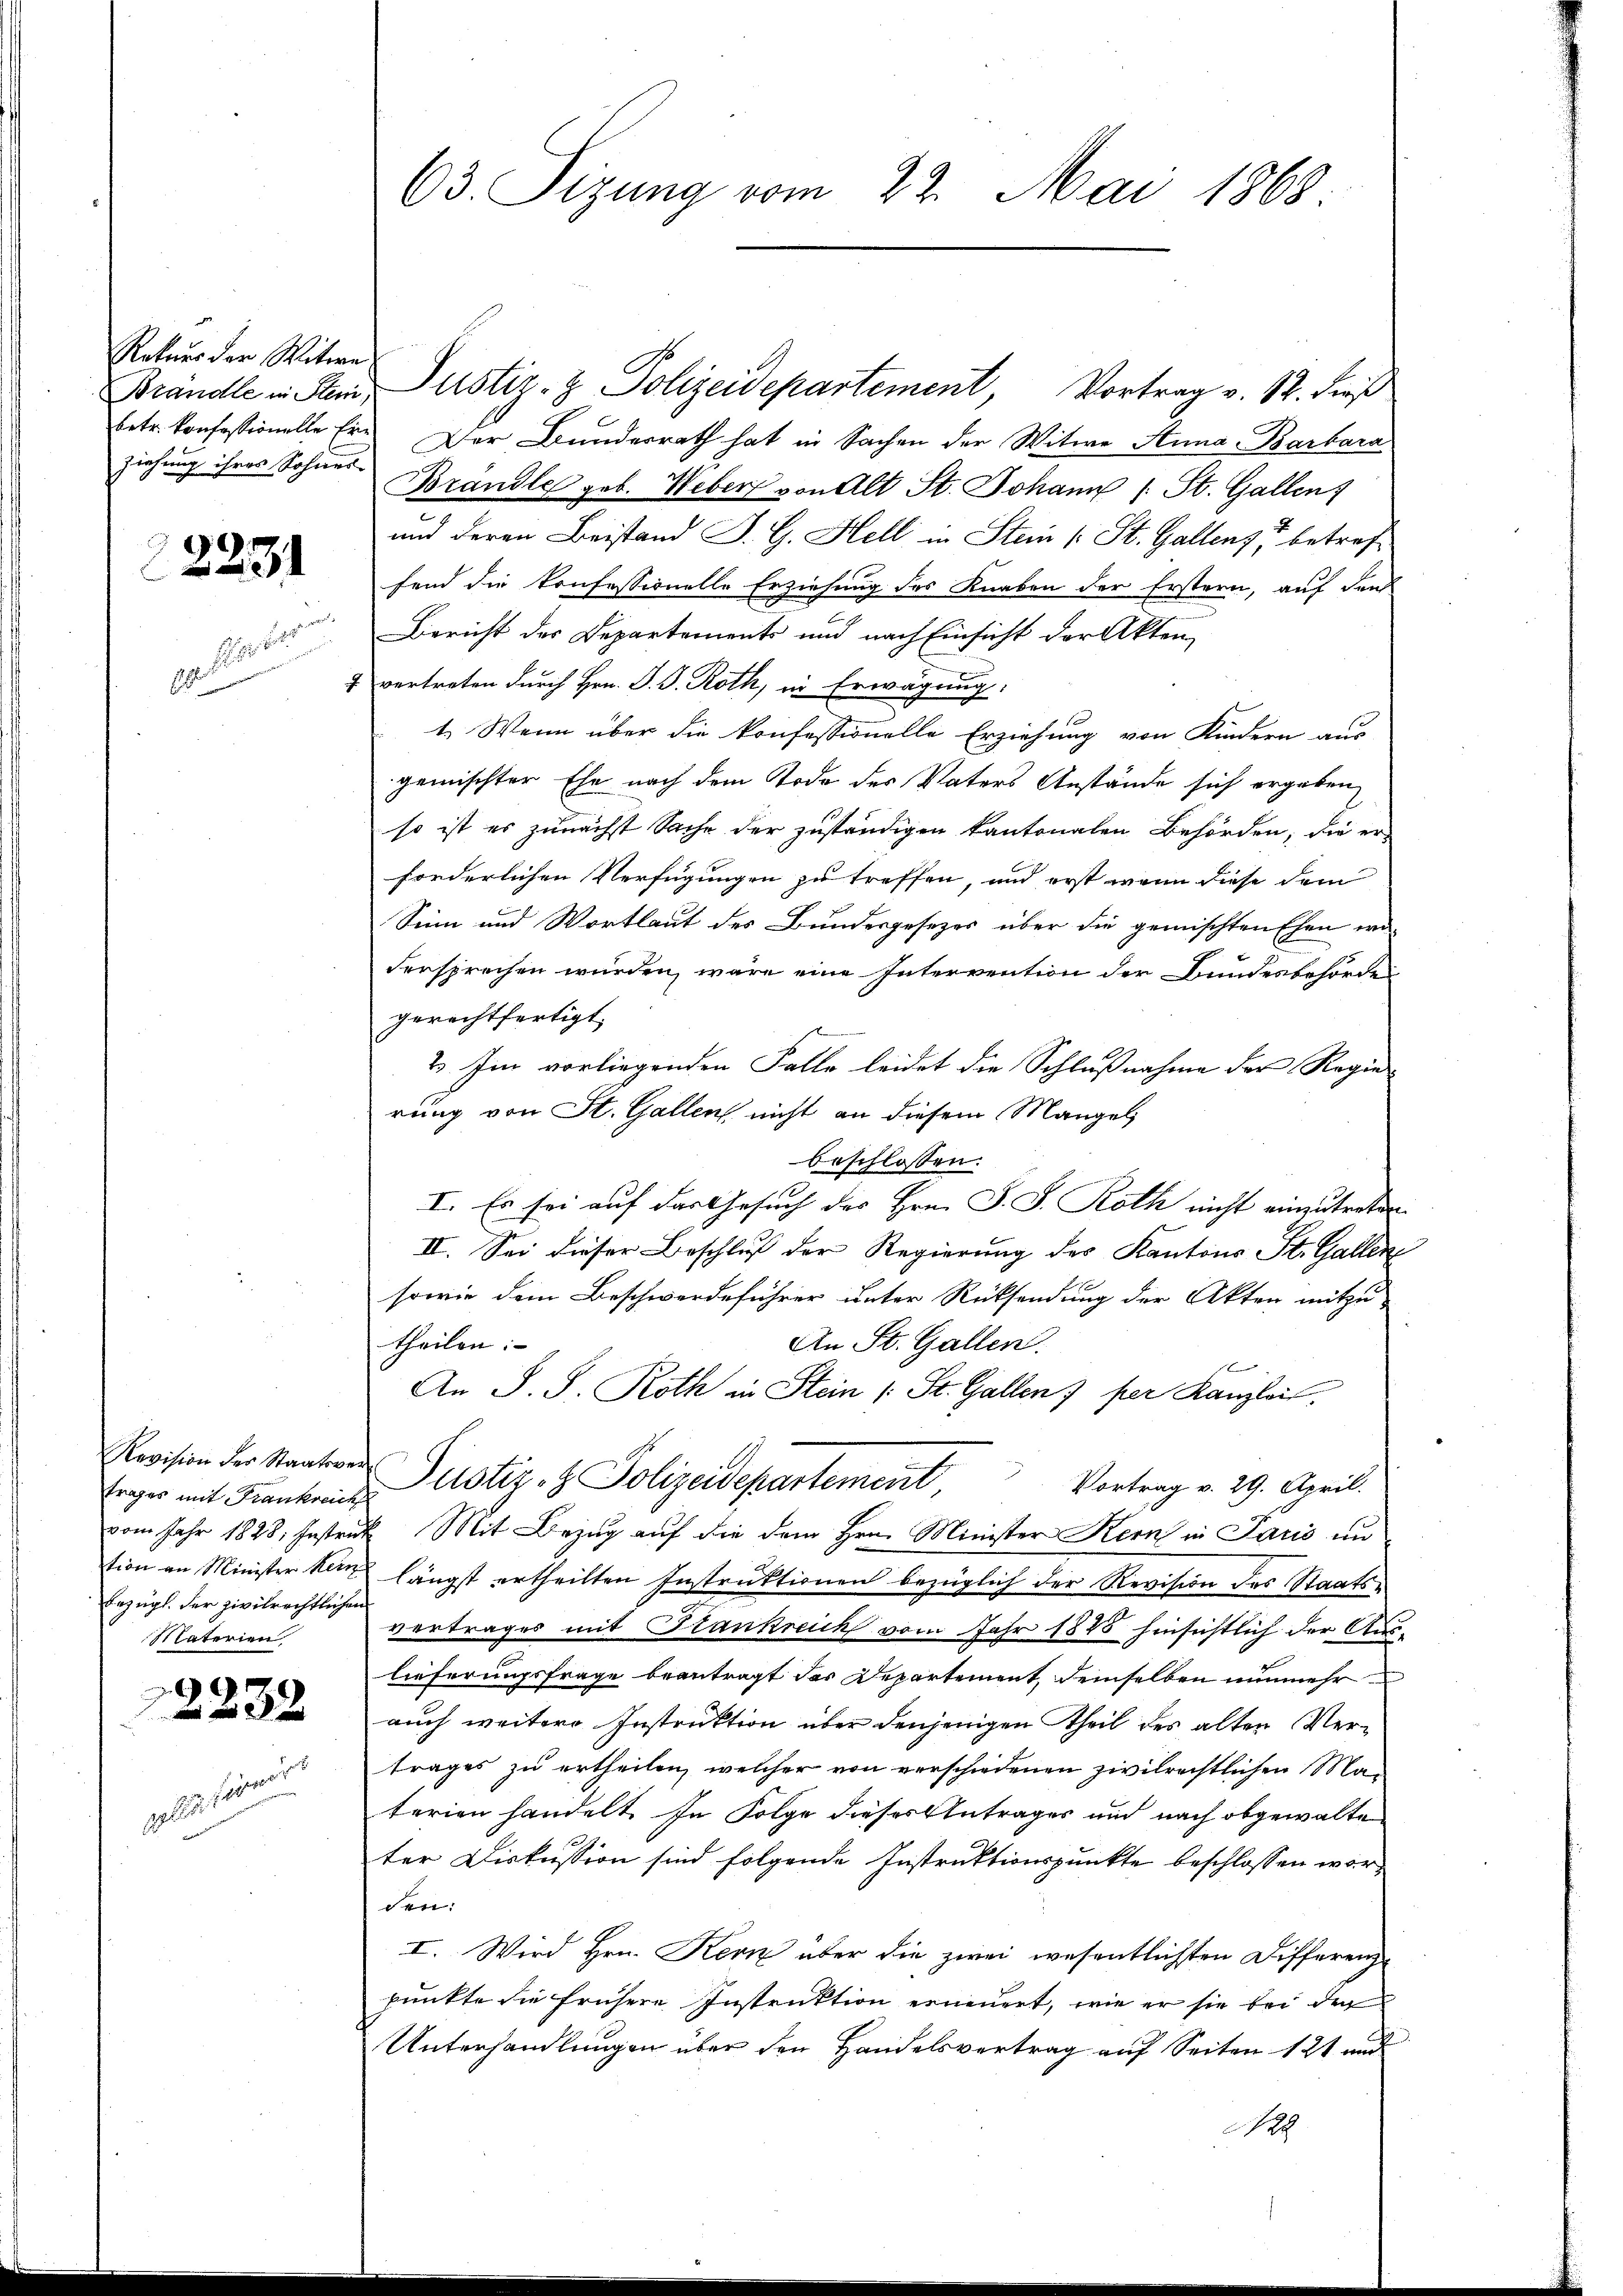
Rekurs der Witwe
ziehung ihres Sohner

9

later

trages mit Frankreich
bezügl. der zivilrechtlichen
Materien

2232

vollständ

63. Sizung vom 22. Mai 1868

betr. konfessionelle Er Der Bunderrath hat in Sachen der Witwe Anna Barbara
Brandle geb. Weber von Alt St. Johann (: St. Gallen
und deren Beistand J. G. Hell in Stein (: St. Gallenz, betreffend die konfessionelle Erziehung des Knaben der Erstern, auf den
Bericht des Departements und nach Einsicht der Akten,
7 vertreten durch Hrn. J. J. Roth, in Erwägung:
1. Wenn über die konfessionelle Erziehung von Kindern aus-
gemischter Ehe nach dem Tode des Vaters Anstände sich ergeben
so ist es zunächst Sache der zuständigen kantonalen Behörden, die er-
forderlichen Verfügungen zu treffen, und erst wenn diese dem
Sinn und Wortlaut des Bundesgesezes über die gemischten Ehen er
dersprechen würden, wäre eine Intervention der Bundesbehörden
gerechtfertigt.
2). Im vorliegenden Falle leidet die Schlußnahme der Regie-
rung von St. Gallen nicht an diesem Mangel
beschlossen:
I. Es sei auf das Gesuch des Hrn. J. J. Roth nicht einzutreten
II. Sei dieser Beschluß der Regierung des Kantons St. Gallen
sowie dem Beschwerdeführer unter Rücksendung der Akten mitzu-
theilen:
An St. Gallen.
f
An S. S. Roth in Stein (: St. Gallen) per Kanzlei.
Revision der Staatende Pustiz- & Polizeidepartement
Vortrag v. 29. April.
vom Jahr 1828. Instruck. Mit Bezug auf die dem Hrn. Minister Kern in Paris un
tion an Minister kein längst ertheilten Instruktionen bezüglich der Revision des Staatsvertrages mit Krankreich vom Jahr 1848 hinsichtlich der Auslieferungsfrage beantragt das Departement, demselben nunmehr
auch weitere Instruktion über denjenigen Theil des alten Vertrages zu ertheilen, welcher von verschiedenen zivilrechtlichen Ma-
terien handelt. In Folge dieses Antrages und nach obgewalte
ter Diskussion sind folgende Instruktionspunkte beschlossen worden.
I. Wird Hrn. Kern über die zwei wesentlichsten Differenz-
punkte die frühere Instruktion erneuert, wie er sie bei den
Unterhandlungen über den Handelsvertrag auf Seiten 121 und
22

Brandle in Stand Justiz- & Polizeidepartement, Vortrag v. 12. dieß